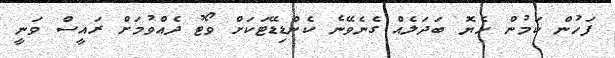
ފަހުން ކަމުން ހެޔޮ ބަދަލެއް ގެނެވޭނެ ކެންޑިޑޭޓަކަށް ވޯޓު ދެއްވުމަށް ރައީސް ވަނީ